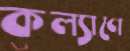
কল্যাণে